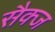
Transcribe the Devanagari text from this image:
सैक्ज